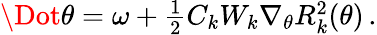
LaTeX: \begin{array}{r}{\Dot{\theta}=\omega+\frac{1}{2}C_{k}W_{k}\nabla_{\theta}R_{k}^{2}(\theta)\, .}\end{array}